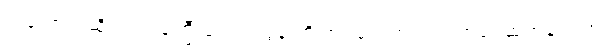
ကဲလော့ကဆိုယင် ဝန်ကြီးချုပ် ဗလွန်းကို အရှင်လတ်လတ် အရေဆုတ်ချင်တာ